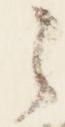
之